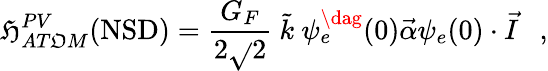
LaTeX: {\cal\mathfrak{H}}_{AT\mathfrak{O}M}^{PV}(\mathrm{{NSD}})={\frac{{G_{F}}}{{2\sqrt{}{2}}}}\ {\tilde{{k}}}\ \psi_{e}^{\dag}(0){\vec{{\alpha}}}\psi_{e}(0)\cdot{\vec{{I}}}\ \ \ ,